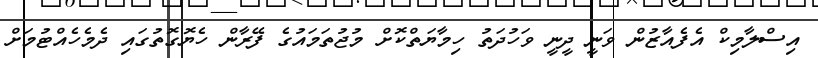
އިސްލާމިކް އެފެއާޒުން ވަނީ ދީނީ ވަހުދަތު ހިިމާޔަތްކޮށް މުޖުތަމައުގެ ފޭރާން ހެޔޮގޮތުގައި ދެމެހެއްޓުމަށް